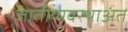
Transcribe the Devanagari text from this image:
जातीव्यवस्थाअंत